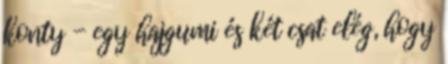
konty - egy hajgumi és két csat elég, hogy